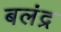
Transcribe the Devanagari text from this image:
बलंद्र